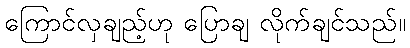
ကြောင်လှချည့်ဟု ပြောချ လိုက်ချင်သည်။